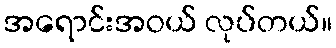
အရောင်းအဝယ် လုပ်တယ်။